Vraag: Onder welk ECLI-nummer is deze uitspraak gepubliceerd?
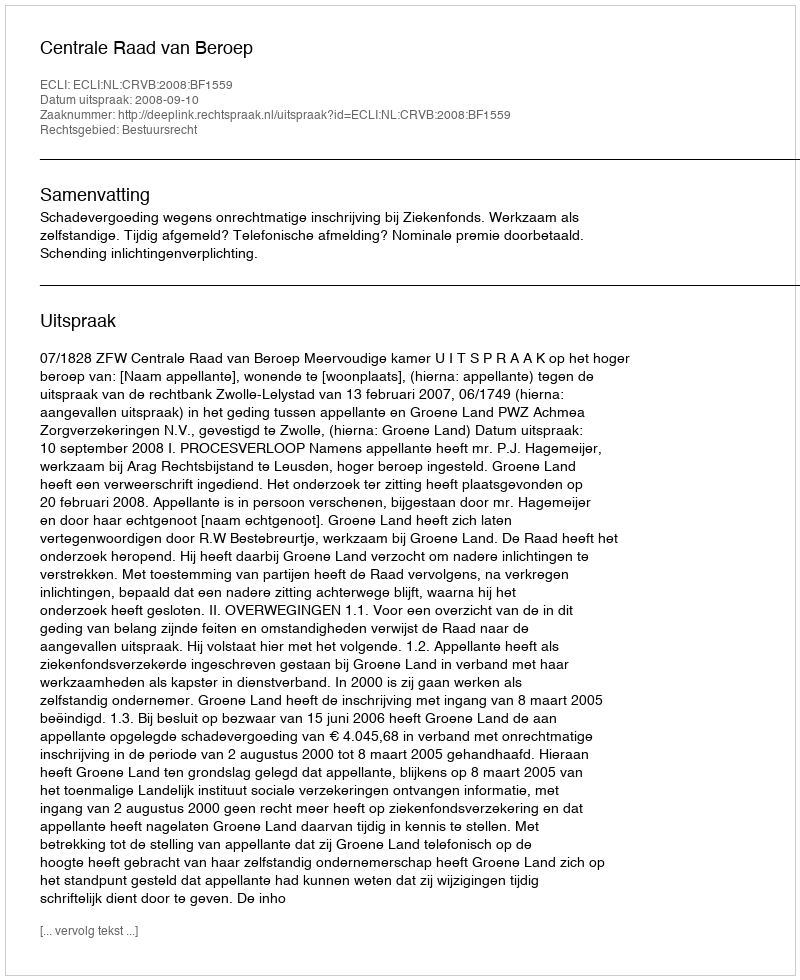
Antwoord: ECLI:NL:CRVB:2008:BF1559